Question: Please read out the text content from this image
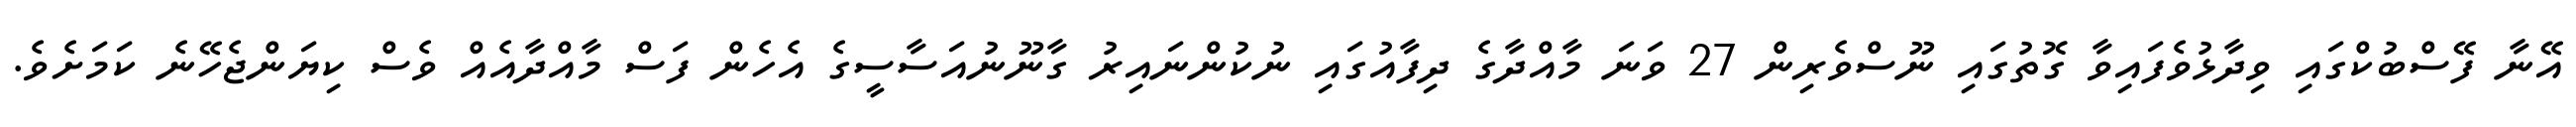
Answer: އޭނާ ފޭސްބުކްގައި ވިދާޅުވެފައިވާ ގޮތުގައި ނޫސްވެރިން 27 ވަނަ މާއްދާގެ ދިފާއުގައި ނުކުންނައިރު ގާނޫނުއަސާސީގެ އެހެން ފަސް މާއްދާއެއް ވެސް ކިޔަންޖެހޭނެ ކަމަށެވެ.